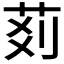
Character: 𦮓